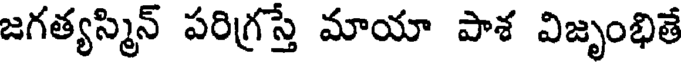
జగత్యస్మిన్ పరిగ్రస్తే మాయా పాశ విజృంభితే